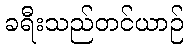
ခရီးသည်တင်ယာဉ်